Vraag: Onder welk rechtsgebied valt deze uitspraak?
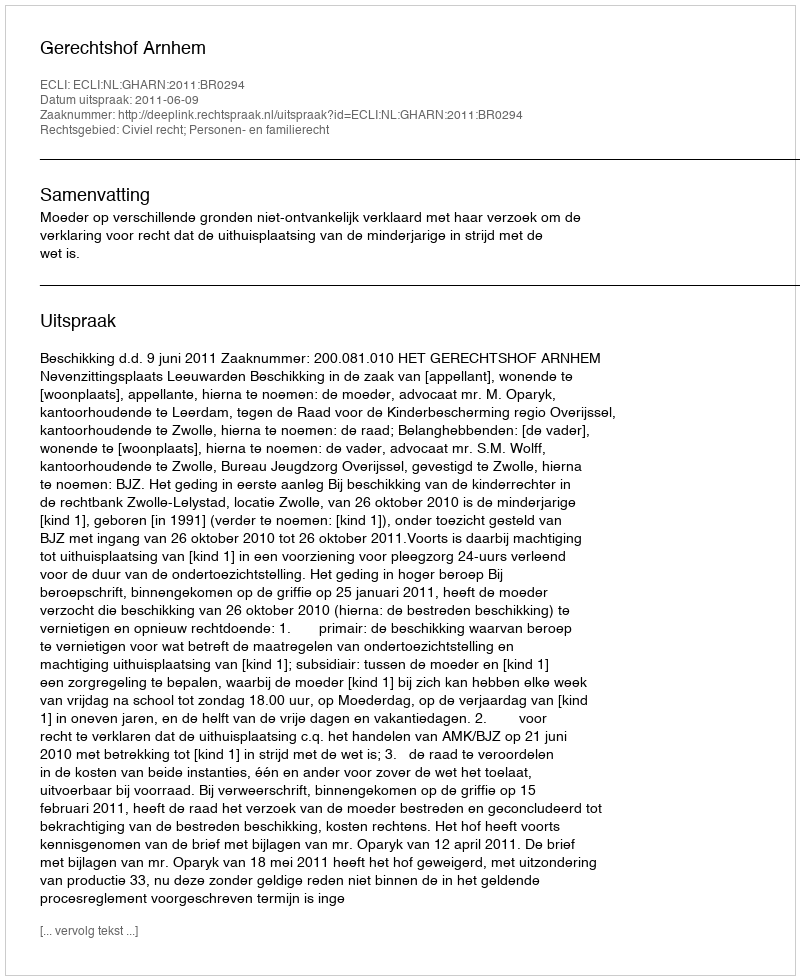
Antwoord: Civiel recht; Personen- en familierecht